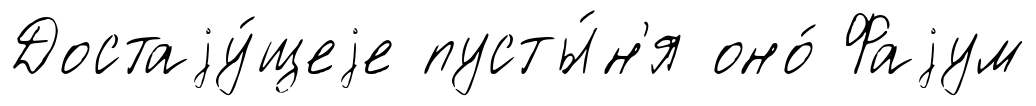
Достаjу́щеjе пусты́н'я оно́ Фаjум